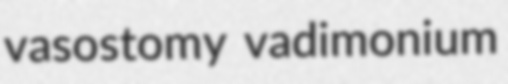
vasostomy vadimonium